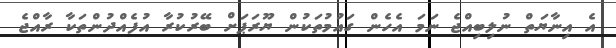
އެ އިނާޔަތް ނުލިބިއްޖެ ނަމަ އެހެން ގައުމުތަކުން ޔޫރަޕަށް ބޭރުކުރާ އުފެއްދުންތަކާ ރާއްޖެ